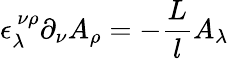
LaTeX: \epsilon_{\lambda}^{~\nu\rho}\partial_{\nu}A_{\rho}=-\frac{L}lA_{\lambda}